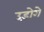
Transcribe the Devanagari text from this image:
उड़ोगे